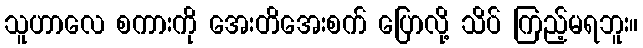
သူဟာလေ စကားကို အေးတိအေးစက် ပြောလို့ သိပ် ကြည့်မရဘူး။